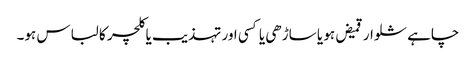
چاہے شلوار قمیض ہو یا ساڑھی یا کسی اور تہذیب یا کلچر کا لباس ہو۔